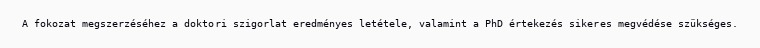
A fokozat megszerzéséhez a doktori szigorlat eredményes letétele, valamint a PhD értekezés sikeres megvédése szükséges.